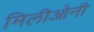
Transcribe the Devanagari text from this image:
मिलीओनी